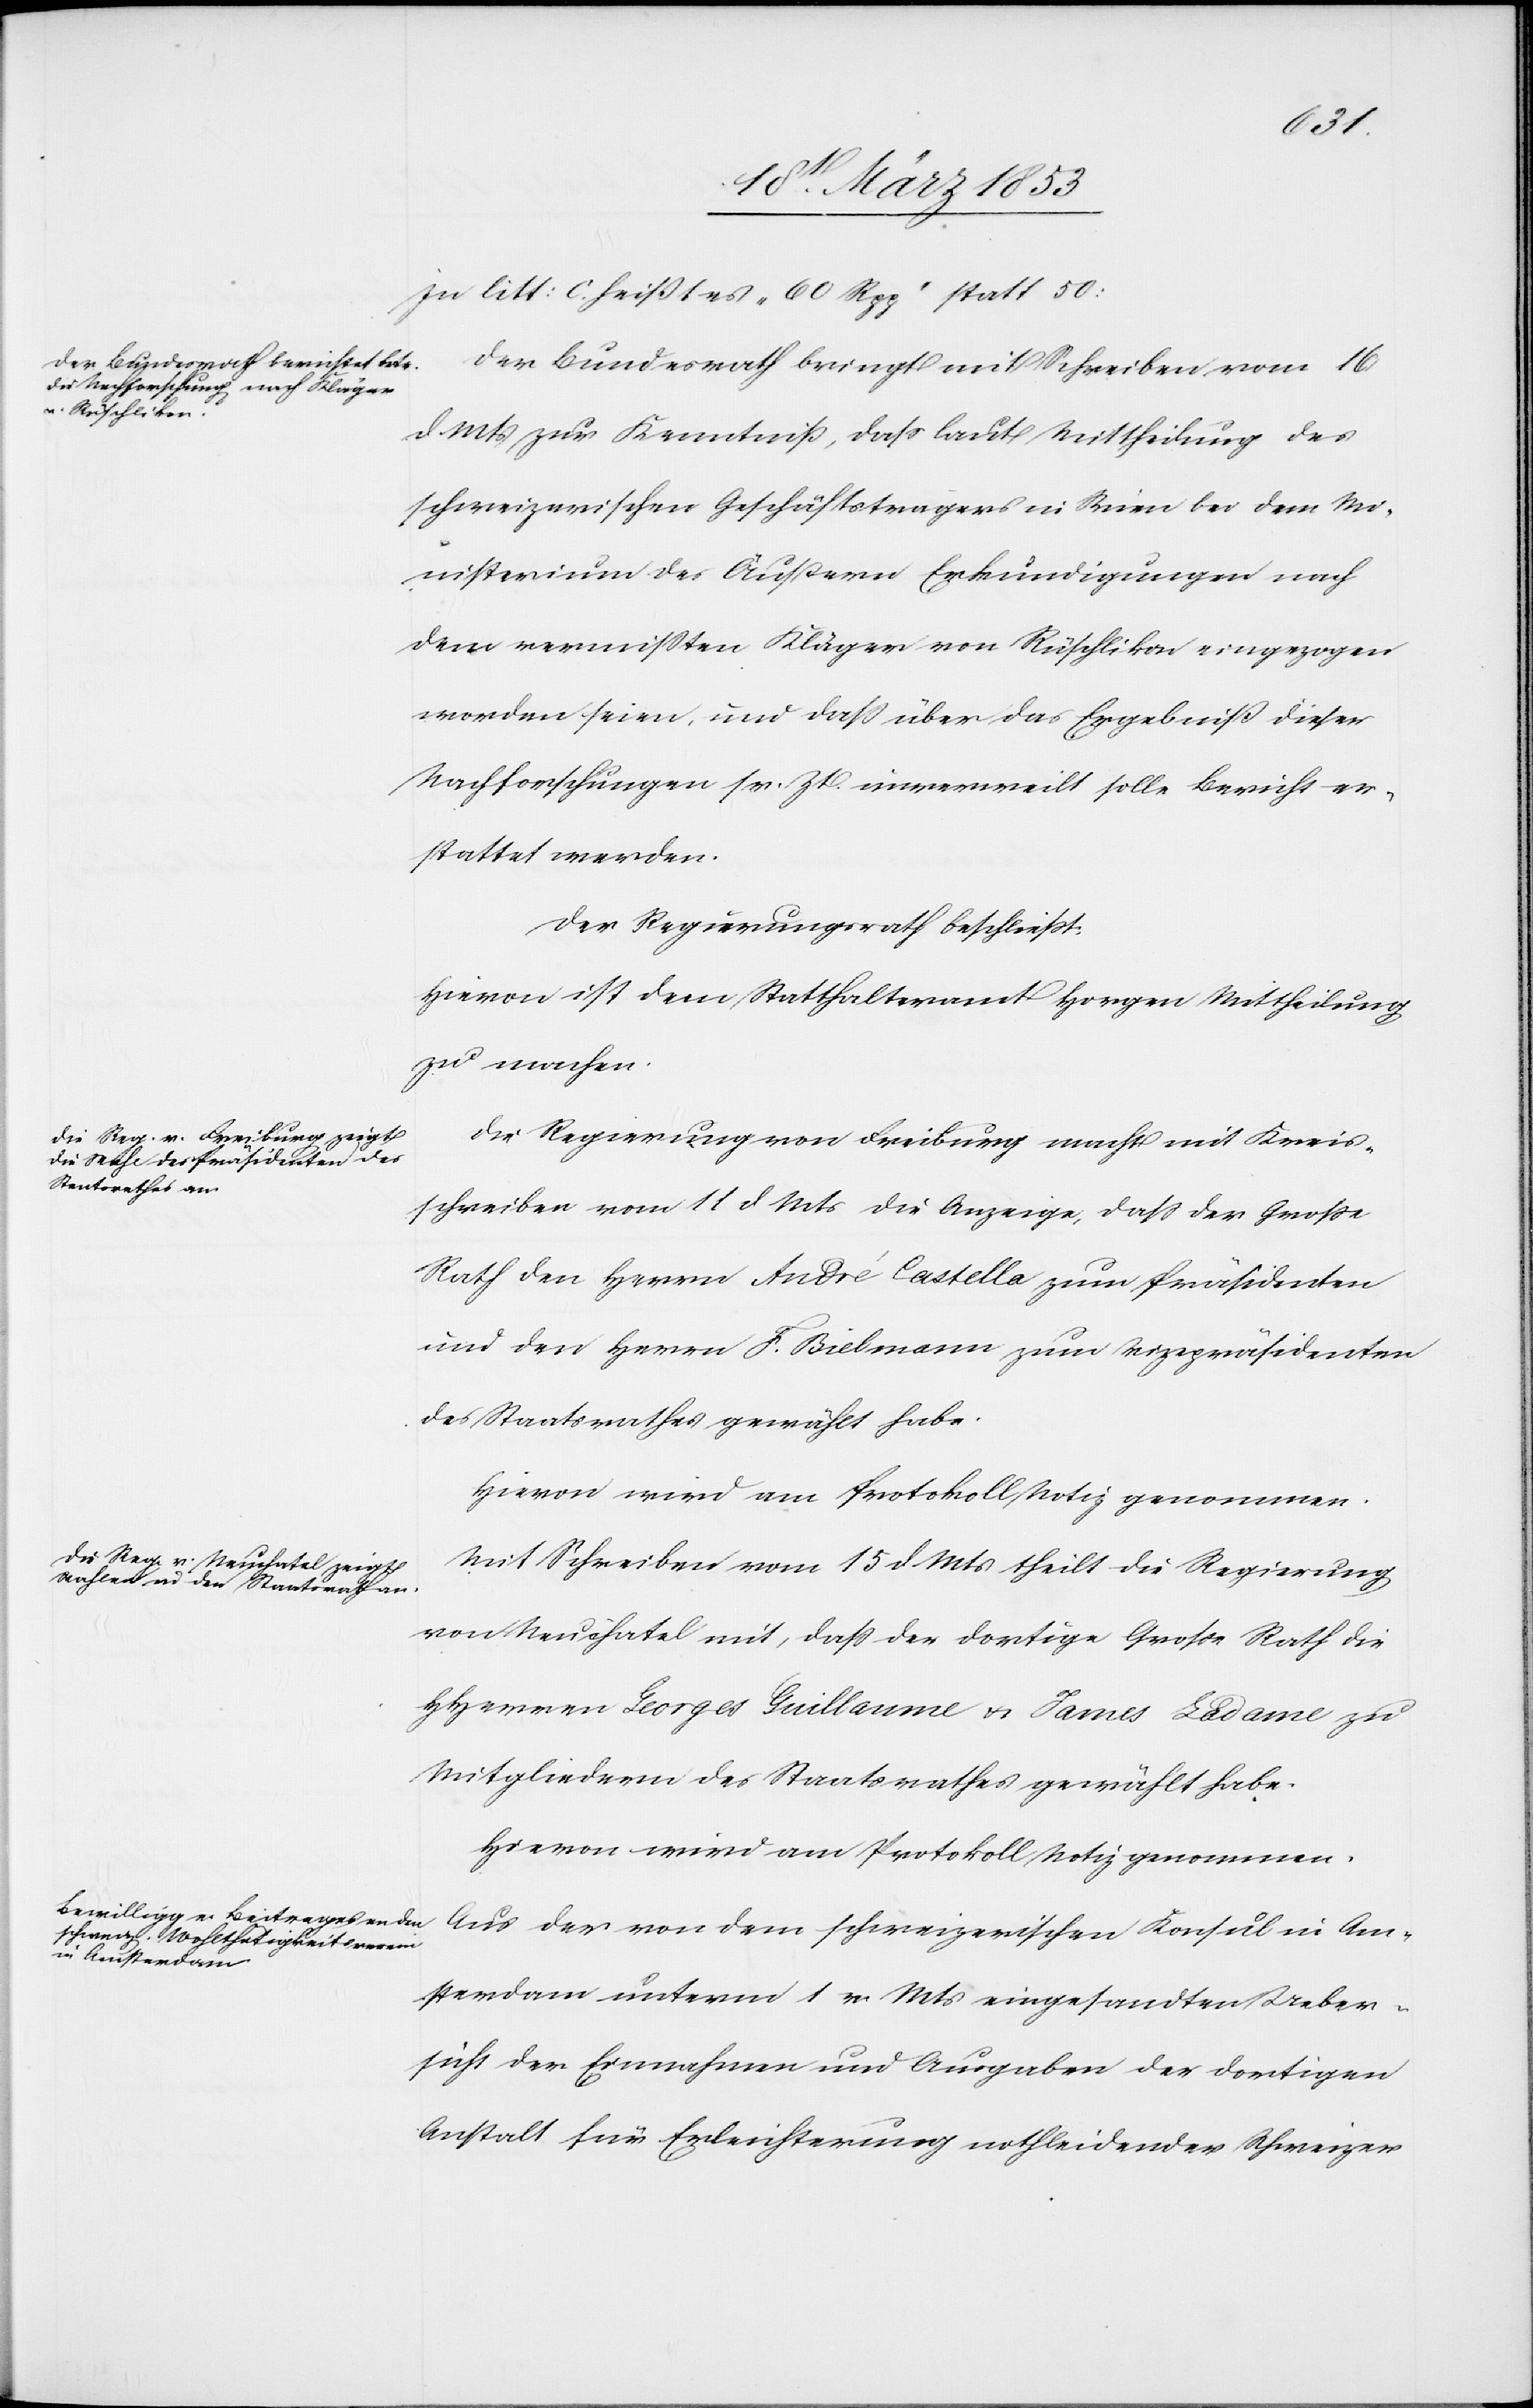
Der Regierungsrath berichtet:

In litt: c. heißt es „60 Rpp“ statt 50:
Der Bundesrath bringt mit Schreiben vom 16
d. Mts. zur Kenntniß, daß laut Mittheilung des
schweizerischen Geschäftstragers in Wien bei dem Mi¬
nisterium des Äußern Erkundigungen nach
dem vermißten Kläger von Rüschlikon eingezogen
worden seien, und daß über das Ergebniß dieser
Nachforschungen sr. Zt. unverweilt solle Bericht er¬
stattet werden.
Hievon ist dem Statthalteramt Horgen Mittheilung
zu machen.
Die Regierung von Freiburg macht mit Kreis¬
schreiben vom 11 d. Mts. die Anzeige, daß der Große
Rath den Herrn André Castelle zum Präsidenten
und den Herrn F. Bielmann zum Vizepräsidenten
des Staatsrathes gewählt habe.
Hievon wird am Protokoll Notiz genommen.
Mit Schreiben vom 15 d. Mts. theilt die Regierung
von Neuchatel mit, daß der dortige Große Rath die
HHerrn Georges Guillaume u. James Ladame zu
Mitgliedern des Staatsrathes gewählt habe.
Hievon wird am Protokoll Notiz genommen.
Aus der von dem schweizerischen Konsul in Am¬
sterdam unterm 1 v. Mts. eingesandten Ueber¬
sicht der Einnahmen und Ausgaben der dortigen
Anstalt für Erleichterung nothleidender Schweizer